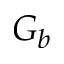
G _ { b }